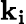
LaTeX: \mathbf{k}_{\mathbf{i}}